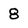
Character: 8